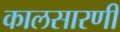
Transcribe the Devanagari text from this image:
कालसारणी